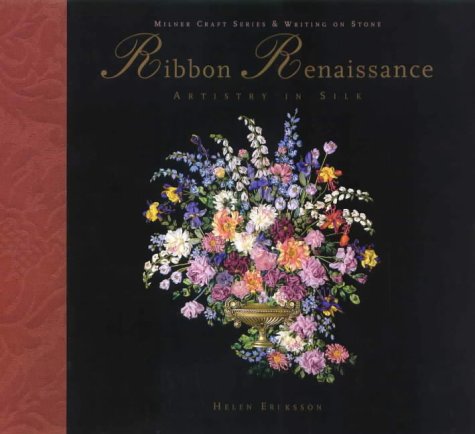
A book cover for Ribbon Renaissance (Milner Craft Series & Writing on Stone); Helen Eriksson; Crafts, Hobbies & Home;